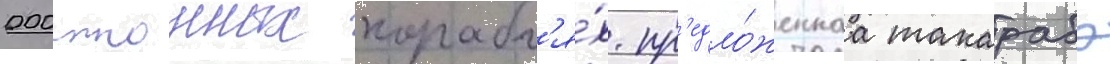
000-тонных корабл'я́х. пр'едло́женнаа такарабэ